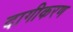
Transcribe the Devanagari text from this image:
दागीकरण